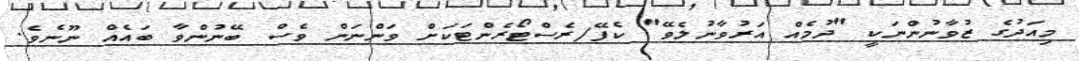
މިއަދުގެ ޒުވާނުންނަކީ "ދުމެއް އަރުވާނުލެވޭ" ކެފޭ/ރެސްޓޯރެންޓަކަށް ވަންނަން ވެސް ބޭނުންވާ ބައެއް ނޫނެވެ.